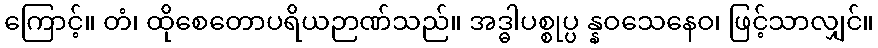
ကြောင့်။ တံ၊ ထိုစေတောပရိယဉာဏ်သည်။ အဒ္ဓါပစ္စုပ္ပ န္နဝသေနေဝ၊ ဖြင့်သာလျှင်။